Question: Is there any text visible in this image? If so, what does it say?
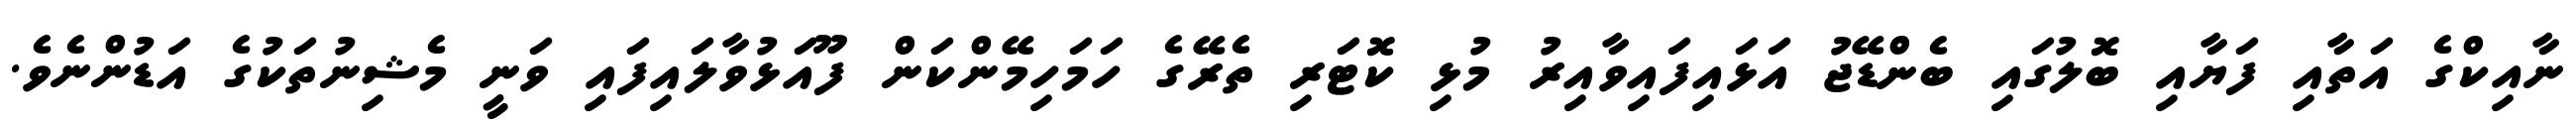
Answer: ނާއިކްގެ އަތާއި ފަޔާއި ބޮލުގައި ބެންޑޭޖު އަޅައިފައިވާއިރު މުޅި ކޮޓަރި ތެރޭގެ ހަމަހިމޭންކަން ފޫއަޅުވާލައިފައި ވަނީ މެޝިނުތަކުގެ އަޑުންނެވެ.